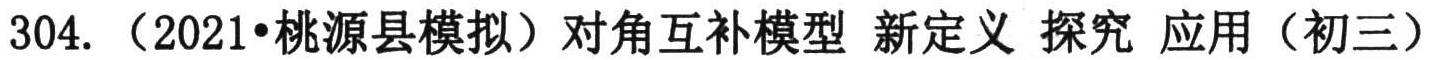
304. （2021•桃源县模拟）对角互补模型 新定义 探究 应用（初三）